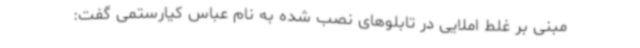
مبنی بر غلط املایی در تابلوهای نصب شده به نام عباس کیارستمی گفت: